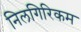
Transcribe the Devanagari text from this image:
निलगिरिकम